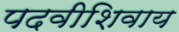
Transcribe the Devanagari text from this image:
पदवीशिवाय